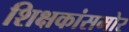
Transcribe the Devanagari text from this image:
शिक्षकांसमोर